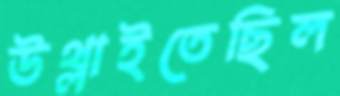
উথ্‌লাইতেছিল